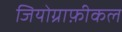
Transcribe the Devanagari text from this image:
जियोग्राफ़ीकल